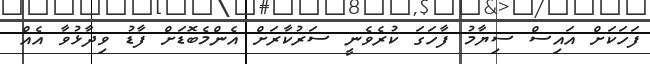
ފަހަކަށް އައިސް ސިޔާމު ފާހަގަ ކުރެވެނީ ސަރުކާރަށް އެންމެބޮޑަށް ފާޑު ވިދާޅުވާ އެއް